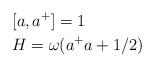
LaTeX: \begin{align*}&[a,a^+]=1\\ &H=\omega (a^+a +1/2)\end{align*}